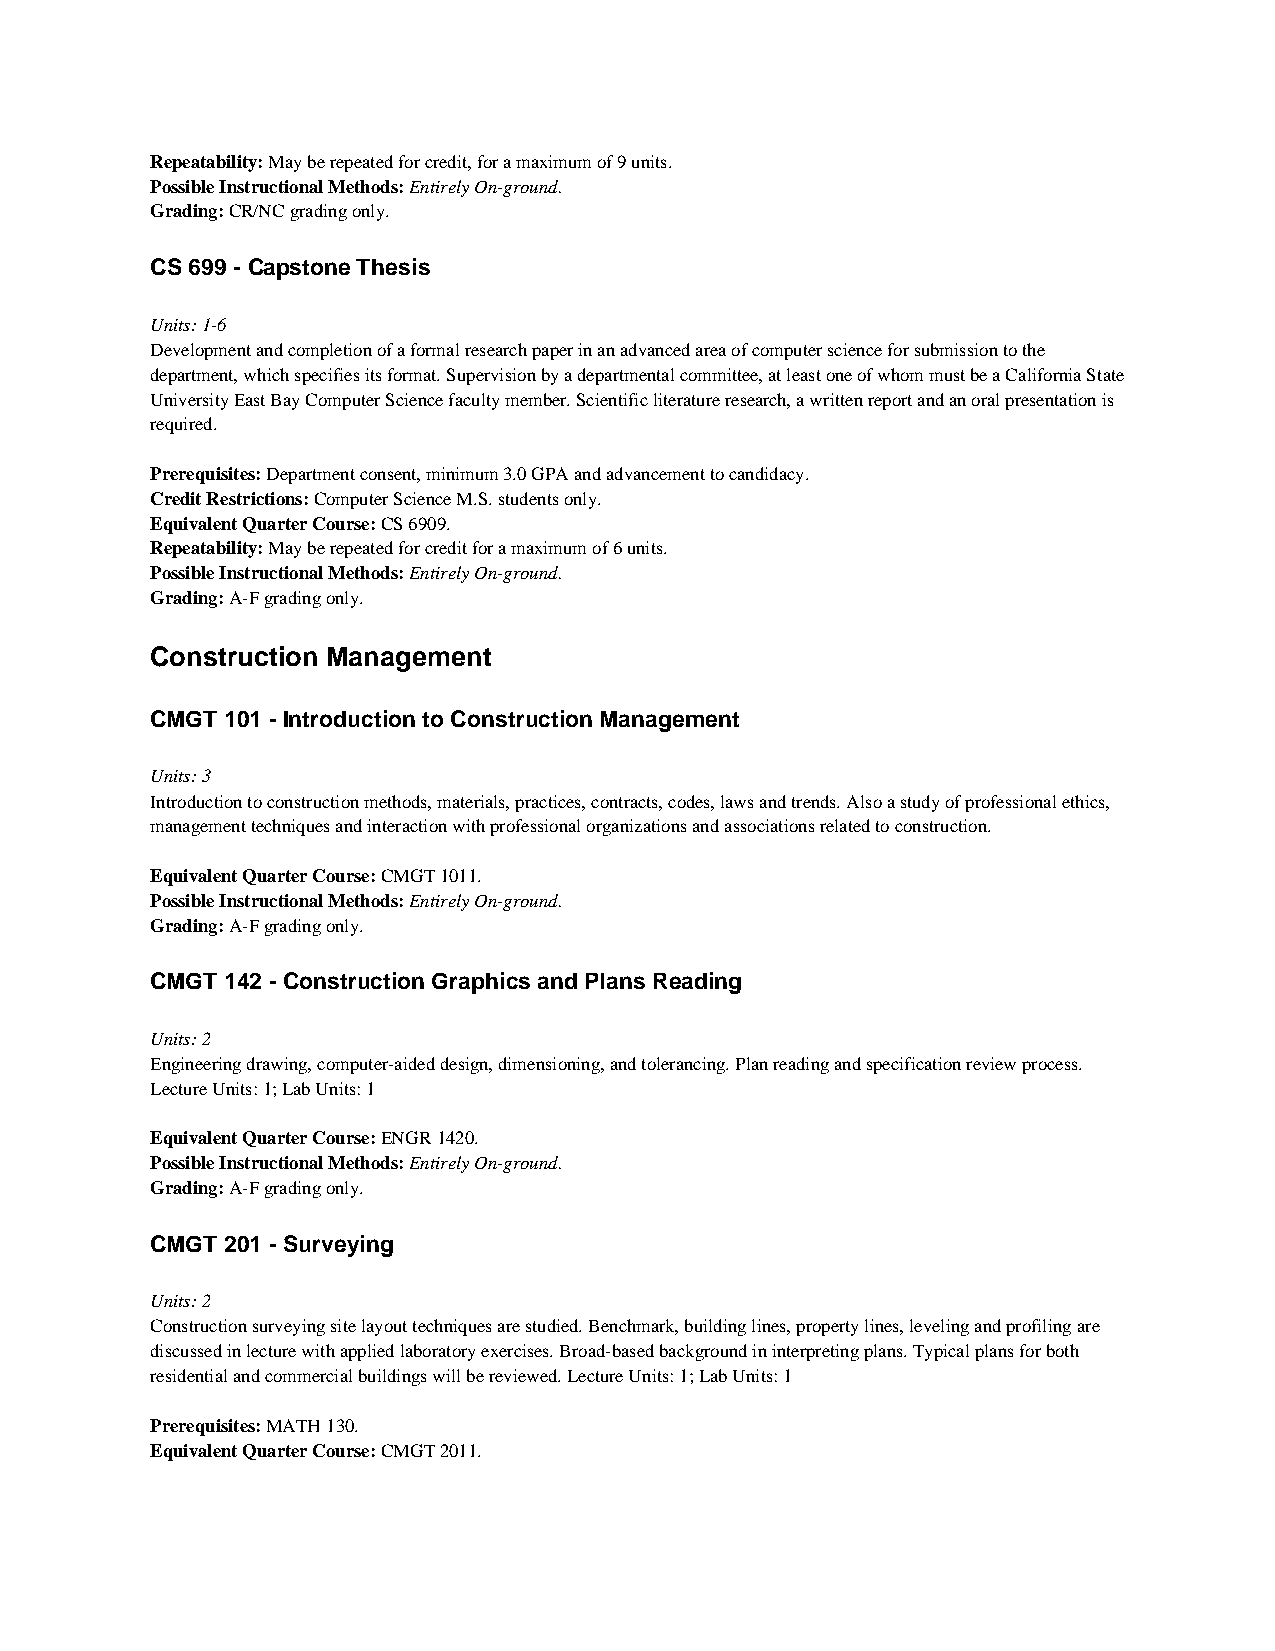
Repeatability: May be repeated for credit, for a maximum of 9 units.
 Possible Instructional Methods: Entirely On-ground.
 Grading: CR/NC grading only.
 CS 699 - Capstone Thesis
 Units: 1-6
 Development and completion of a formal research paper in an advanced area of computer science for submission to the
 department, which specifies its format. Supervision by a departmental committee, at least one of whom must be a California State
 University East Bay Computer Science faculty member. Scientific literature research, a written report and an oral presentation is
 required.
 Prerequisites: Department consent, minimum 3.0 GPA and advancement to candidacy.
 Credit Restrictions: Computer Science M.S. students only.
 Equivalent Quarter Course: CS 6909.
 Repeatability: May be repeated for credit for a maximum of 6 units.
 Possible Instructional Methods: Entirely On-ground.
 Grading: A-F grading only.
 Construction Management
 CMGT 101 - Introduction to Construction Management
 Units: 3
 Introduction to construction methods, materials, practices, contracts, codes, laws and trends. Also a study of professional ethics,
 management techniques and interaction with professional organizations and associations related to construction.
 Equivalent Quarter Course: CMGT 1011.
 Possible Instructional Methods: Entirely On-ground.
 Grading: A-F grading only.
 CMGT 142 - Construction Graphics and Plans Reading
 Units: 2
 Engineering drawing, computer-aided design, dimensioning, and tolerancing. Plan reading and specification review process.
 Lecture Units: 1; Lab Units: 1
 Equivalent Quarter Course: ENGR 1420.
 Possible Instructional Methods: Entirely On-ground.
 Grading: A-F grading only.
 CMGT 201 - Surveying
 Units: 2
 Construction surveying site layout techniques are studied. Benchmark, building lines, property lines, leveling and profiling are
 discussed in lecture with applied laboratory exercises. Broad-based background in interpreting plans. Typical plans for both
 residential and commercial buildings will be reviewed. Lecture Units: 1; Lab Units: 1
 Prerequisites: MATH 130.
 Equivalent Quarter Course: CMGT 2011.